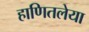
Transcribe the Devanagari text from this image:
हाणितलेया